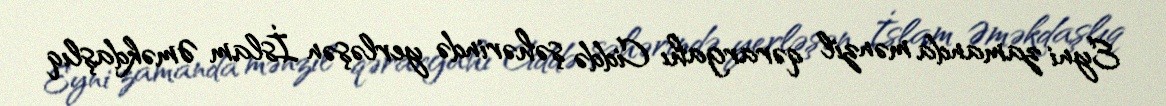
Eyni zamanda mənzil qərargahı Ciddə şəhərində yerləşən İslam Əməkdaşlıq